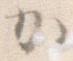
か